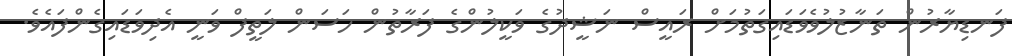
ފަނޑިޔާރުން ތަނާޒުލުވެވަޑައިގަތުމަށް ރައީސް ނަޝީދުގެ ވަކީލުންގެ ފަރާާތުން ހަސަން ލަތީފް ވަނީ އެދިވަޑައިގެންފައެވެ.